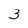
Character: 3